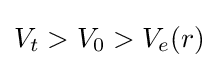
V_{t}>V_{0}>V_{e}(r)